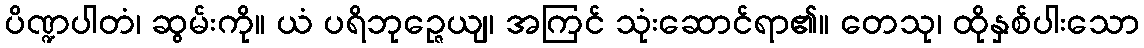
ပိဏ္ဍပါတံ၊ ဆွမ်းကို။ ယံ ပရိဘုဉ္ဇေယျ၊ အကြင် သုံးဆောင်ရာ၏။ တေသု၊ ထိုနှစ်ပါးသော